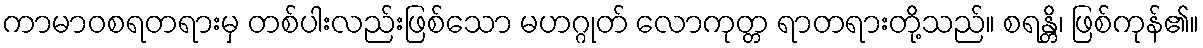
ကာမာဝစရတရားမှ တစ်ပါးလည်းဖြစ်သော မဟဂ္ဂုတ် လောကုတ္တ ရာတရားတို့သည်။ စရန္တိ၊ ဖြစ်ကုန်၏။